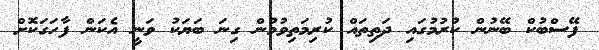
ފޭސްބުކް ބޭނުން ކުރުމުގައި ދަތިތައް ކުރިމަތިވުމުން ގިނަ ބަޔަކު ވަނީ އެކަން ފާހަގަކޮށް